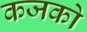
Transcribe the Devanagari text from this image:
कजको